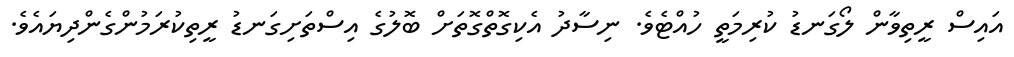
އައިސް ރީތިވާން ލޯގަނޑު ކުރިމަތީ ހުއްޓެވެ. ނިސާދު އެކިގޮތްގޮތަށް ބޮލުގެ އިސްތަށިގަނޑު ރީތިކުރަމުންގެންދިޔައެވެ.